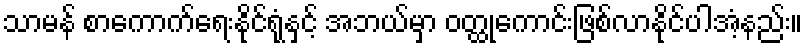
သာမန် စာကောက်ရေးနိုင်ရုံနှင့် အဘယ်မှာ ဝတ္ထုကောင်းဖြစ်လာနိုင်ပါအံ့နည်း။